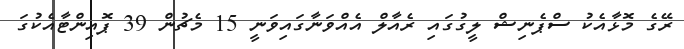
ރޭގެ މޮޅާއެކު ސްޕެނިޝް ލީގުގައި ރެއާލް އެއްވަނާގައިވަނީ 15 މެޗުން 39 ޕޮއިންޓާއެކުގަ